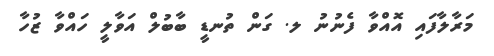
މަރާލާފައި އޮއްވާ ފެނުނު ލ. ގަން ތުނޑީ ބާބުލް އަވާލީ ހައްވާ ޒުހާ